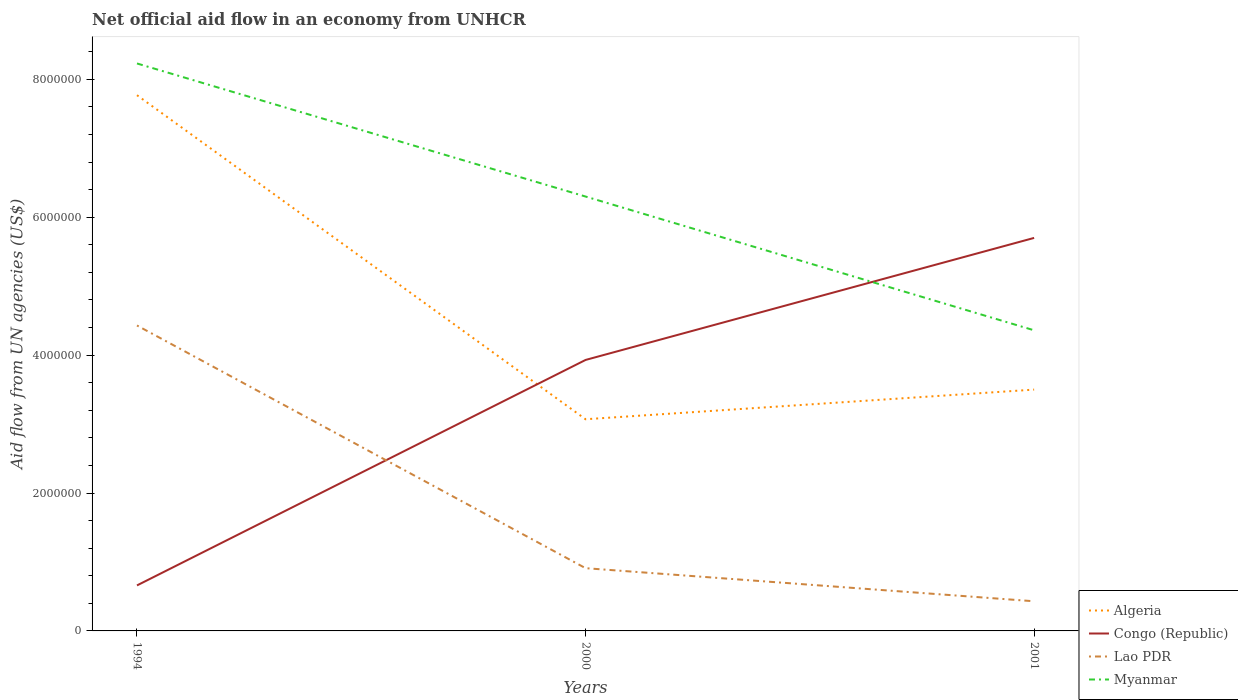
| Years | Algeria | Congo (Republic) | Lao PDR | Myanmar |
 | --- | --- | --- | --- | --- |
 | 1994 | 7.77e+06 | 6.6e+05 | 4.43e+06 | 8.23e+06 |
 | 2000 | 3.07e+06 | 3.93e+06 | 9.1e+05 | 6.3e+06 |
 | 2001 | 3.5e+06 | 5.7e+06 | 4.3e+05 | 4.36e+06 |